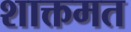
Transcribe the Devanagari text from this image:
शाक्तमत